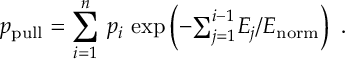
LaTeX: p _ { \mathrm { p u l l } } = \sum _ { i = 1 } ^ { n } \, p _ { i } \, \exp \left( - { \textstyle \sum } _ { j = 1 } ^ { i - 1 } E _ { j } / E _ { \mathrm { n o r m } } \right) ~ .